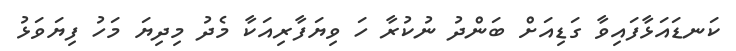
ކަނޑައަޅާފައިވާ ގަޑިއަށް ބަންދު ނުކުރާ ހަ ވިޔަފާރިއަކާ މެދު މިދިޔަ މަހު ފިޔަވަޅު